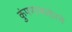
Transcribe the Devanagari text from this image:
कुंपणाबाहेरचे